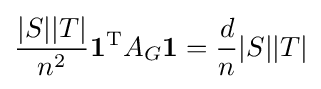
{\frac {|S||T|}{n^{2}}}\mathbf {1} ^{\operatorname {T} }A_{G}\mathbf {1} ={\frac {d}{n}}|S||T|